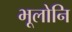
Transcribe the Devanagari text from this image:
भूलोनि